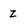
Character: z